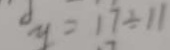
y = 1 7 \div 1 1